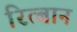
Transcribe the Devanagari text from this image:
रित्बान